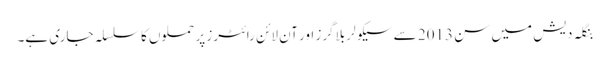
بنگلہ دیش میں سن 2013 سے سیکولر بلاگرز اور آن لائن رائٹرز پر حملوں کا سلسلہ جاری ہے۔